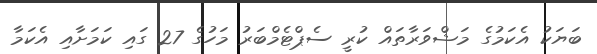
ބަޔަކު އެކަމުގެ މަޝްވަރާތައް ކުރީ ސެޕްޓެމްބަރު މަހުގެ 27 ގައި ކަމަށާއި އެކަމާ